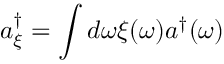
a _ { \xi } ^ { \dagger } = \int d \omega \xi ( \omega ) a ^ { \dagger } ( \omega )